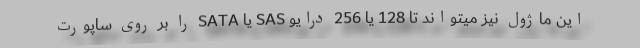
این ماژول نیز میتواند تا 128 یا 256 درایو SAS یا SATA را بر روی ساپورت